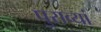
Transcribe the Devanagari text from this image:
पुराव्यां